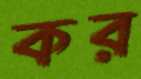
কর